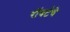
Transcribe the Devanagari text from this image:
रॉबर्टचे